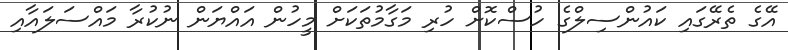
އޭގެ ތެރޭގައި ކައުންސިލްގެ ހުސްކޮށް ހުރި މަގާމުތަކަށް މީހުން އައްޔަން ނުކުރާ މައްސަލައާއި